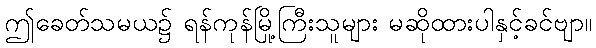
ဤခေတ်သမယ၌ ရန်ကုန်မြို့ကြီးသူများ မဆိုထားပါနှင့်ခင်ဗျာ။